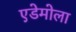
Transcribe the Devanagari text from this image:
एडेमोला